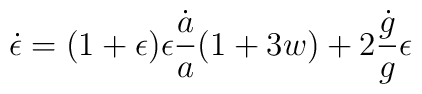
\dot\epsilon=(1+\epsilon)\epsilon {\dot a\over a} {\left(1+3w\right)}+2{\dot g\over g}\epsilon